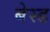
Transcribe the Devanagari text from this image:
बेस्‍ड